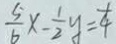
\frac { 5 } { 6 } x - \frac { 1 } { 2 } y = \frac { 1 } { 4 }